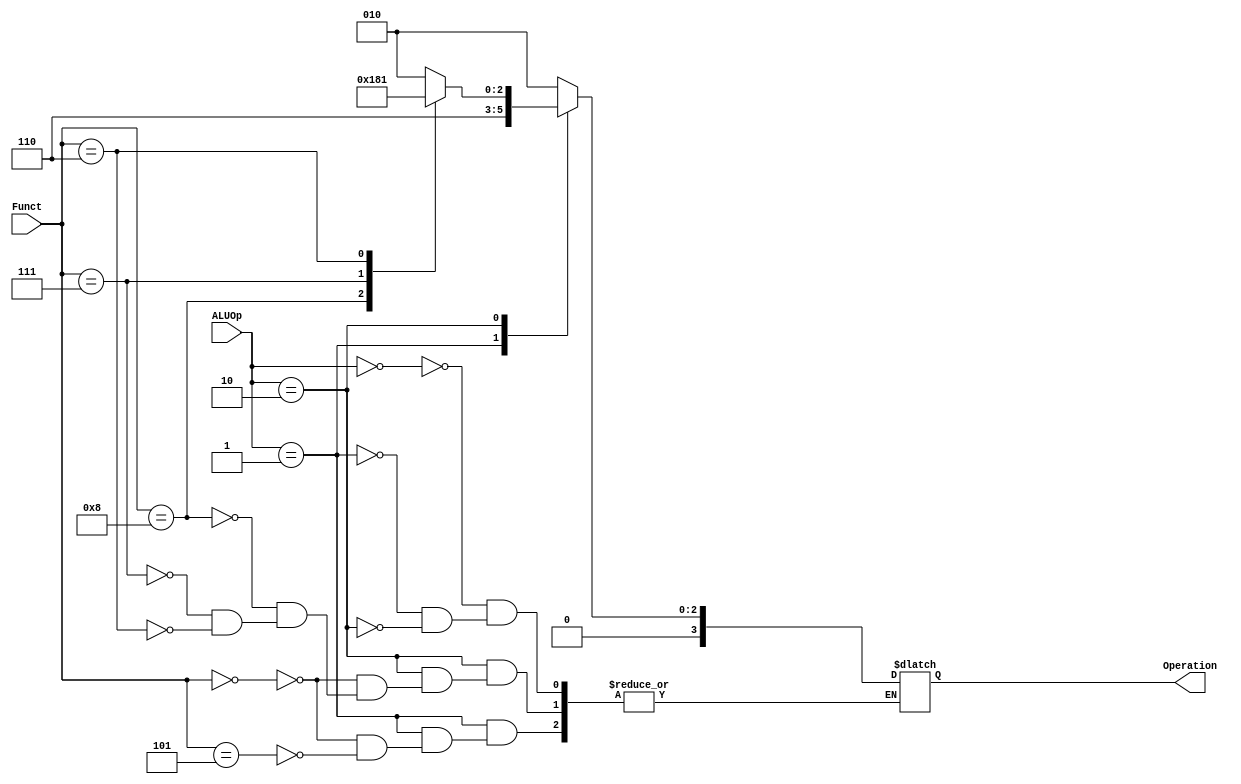
module ALU_Control
(
    input [1:0] ALUOp,
    input [3:0] Funct,
    output reg [3:0] Operation
);
always@(*)
begin
    case(ALUOp)
        2'b00:
            begin
				Operation =  4'b0010; // addi
            end
        2'b01:
            begin
            case(Funct)
				4'b0000: Operation = 4'b0110; //beq
				4'b0101: Operation = 4'b0110; //bge
				endcase
            end
        2'b10:
            begin
            case(Funct)
            4'b0000: //add
                begin
                Operation = 4'b0010;
                end
            4'b1000: // xor
                begin
                Operation = 4'b0110;
                end
            4'b0111: // and 
                begin
                Operation = 4'b0000;
                end
            4'b0110: // or
                begin
                Operation = 4'b0001;
                end
            endcase
            end
    endcase
end
endmodule